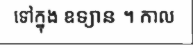
ទៅក្នុង ឧទ្យាន ។ កាល